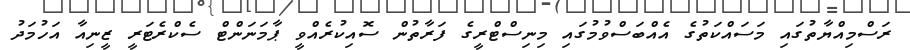
ރަސްމިއްޔާތުގައި މަސައްކަތުގެ އެއްބަސްވުމުގައި މިނިސްޓްރީގެ ފަރާތުން ސޮއިކުރެއްވީ ޕާމަނަންޓް ސެކްރެޓަރީ ޒީނިއާ އަހުމަދު